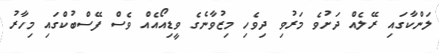
ލަންކާގައި ރޭލެއް ދަށުވެ މަރުވި ދިވެހި މިޒުވާނެގެ ވީޑިއޯއެއް ވެސް ފޭސްބުކްގައި މިހާރު